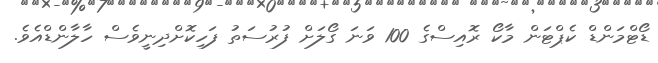
ޑޯޓްމަންޑް ކެޕްޓަން މާކޯ ރޮއިސްގެ 100 ވަނަ ގޯލަށް ފުރުސަތު ފަހިކޮށްދިނީވެސް ހާލާންޑްއެވެ.